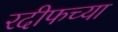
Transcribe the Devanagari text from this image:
रदीफच्या